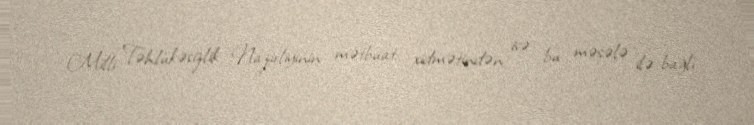
Milli Təhlükəsizlik Nazirliyinin mətbuat xidmətindən isə bu məsələ ilə bağlı